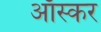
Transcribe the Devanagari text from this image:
आॅस्कर